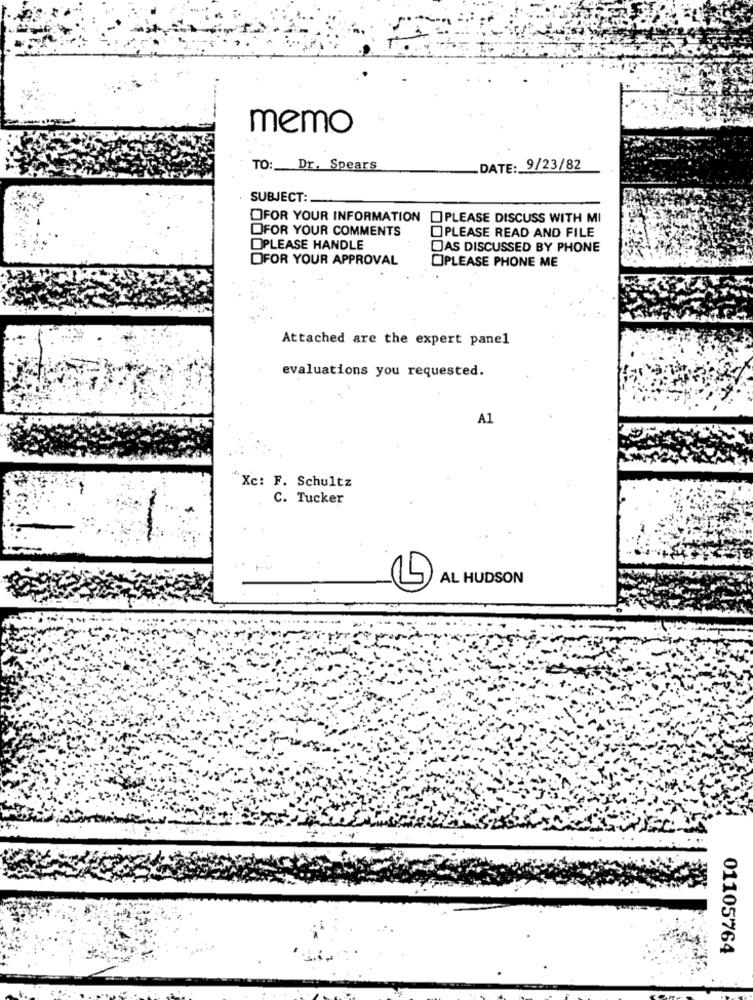
memo
TO: Dr. Spears
_DATE: 9/23/82
SUBJECT:
OFOR YOUR INFORMATION PLEASE DISCUSS WITH MI
OFOR YOUR COMMENTS
PLEASE READ AND FILE
OPLEASE HANDLE
DAS DISCUSSED BY PHONE
FOR YOUR APPROVAL
PLEASE PHONE ME
Attached are the expert panel
evaluations you requested.
A1
Xc: F. Schultz
C. Tucker
AL HUDSON
01105764